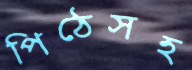
পিঠেসহ